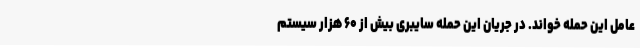
عامل این حمله خواند. در جریان این حمله سایبری بیش از ۶۰ هزار سیستم